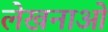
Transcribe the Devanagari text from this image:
लेखनाओं